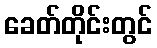
ခေတ်တိုင်းတွင်